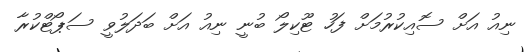
ނިއު އަށް ސޮއިކުރުމަށް ފަހު ޓޫކިލޯ ބުނީ ނިއު އަށް ބަދަލުވީ ސަޕޯޓްކުރާ